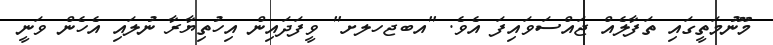
މޫނުމަތީގައި ތަފާލެއް ޖައްސަވައިފަ އެވެ. "އބޖހލށ" ވީފަދައިން އިހުތިޔާރާ ނުލައި އެހެން ވަނީ